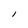
Character: l